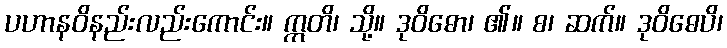
ပဟာနဝိနည်းလည်းကောင်း။ ဣတိ၊ သို့။ ဒုဝိဓော၊ ၏။ စ၊ ဆက်။ ဒုဝိဓေပိ၊